Annual vaccination report of Bihar and Orissa - 1911-1928
Year: 1911
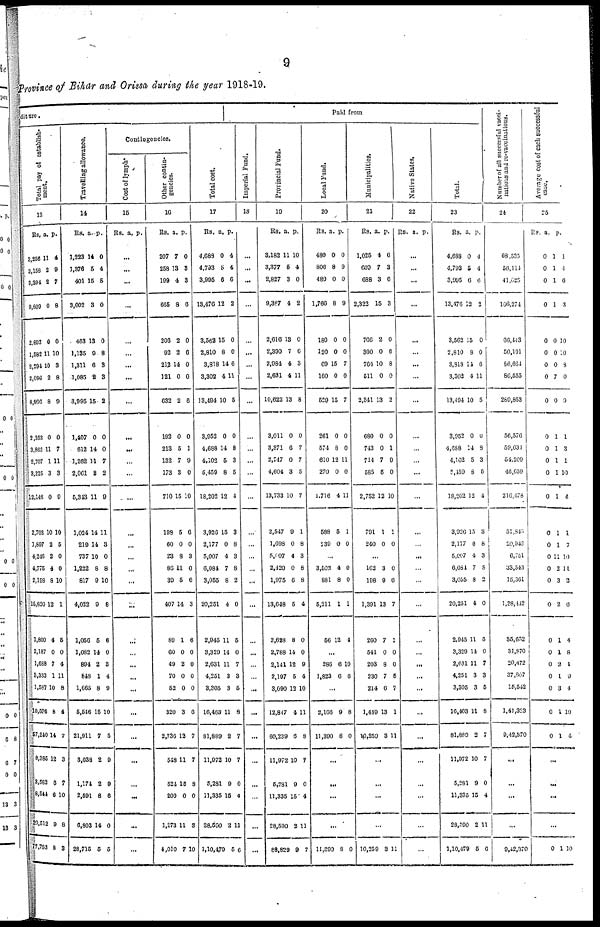
9
Province of Bihar and Orissa during the year 1918-19.
diture.
Total pay of establish-
ment.
13
Rs.
3,256
3,158
3,394
9,809
2,693
1,582
2,394
2,096
8,866
2,353
3,862
2,707
3,225
12,148
2,703
1,897
4,246
4,775
2,198
15,820
1,800
2,187
1,688
3,333
1,587
10,596
57,240
8,385
3,582
8,544
20,512
77,753
a.
11
2
2
0
0
11
10
2
8
0
11
1
3
0
10
2
2
4
8
12
4
0
7
1
10
8
14
12
6
6
9
8
P.
4
9
7
8
0
10
3
8
9
0
7
11
3
9
10
5
0
0
10
1
5
0
4
11
8
4
7
3
7
10
8
3
Travelling allowance.
14
Rs.
1,223
1,376
401
3,002
483
1,135
1,311
1,085
3,995
1,407
612
1,262
2,061
5,343
1,024
219
737
1,222
817
4,022
1,056
1,082
894
848
1,665
5,546
21,911
3,038
1,174
2,591
6,803
28,715
a.
14
5
15
3
13
9
6
2
15
0
14
14
2
11
14
14
10
8
9
9
5
14
2
1
8
15
7
2
2
8
14
5
P.
0
4
8
0
0
8
3
3
2
0
0
7
2
9
11
3
0
8
10
8
6
0
3
4
9
10
5
9
9
6
0
5
Contingencies.
Cost of lymph.
15
Rs. a. P.
...
...
...
...
...
...
...
...
...
...
...
...
...
...
...
...
...
...
...
...
...
...
...
...
...
...
...
...
...
...
...
...
Other contin-
gencies.
16
Rs.
207
258
199
665
206
92
212
121
632
192
213
132
173
710
198
60
23
86
30
407
89
60
49
70
52
320
2,736
548
524
200
1,273
4,010
a.
7
13
4
8
2
2
14
0
2
0
5
7
3
15
5
0
8
11
5
14
1
0
2
0
0
3
13
11
15
0
11
7
P.
0
3
3
6
0
6
0
0
6
0
1
9
0
10
6
0
3
0
6
3
6
0
0
0
0
6
7
7
8
0
3
10
Paid from
Total cost.
17
Rs.
4,683
4,793
3,995
13,476
3,562
2,810
3,818
3,302
13,494
3,952
4,688
4,102
5,459
18,202
3,926
2,177
5,007
6,084
3,055
20,251
2,945
3,329
2,631
4,251
3,305
10,463
81,889
11,972
5,281
11,335
28,590
1,10,470
a.
0
5
6
12
15
8
14
4
10
0
14
5
8
12
15
0
4
7
8
4
11
14
11
3
3
11
2
10
9
15
2
5
P.
4
4
6
2
0
0
6
11
5
0
8
3
5
4
3
8
3
8
2
0
5
0
7
3
5
8
7
7
0
4
11
6
Imperial Fund.
18
...
...
...
...
...
...
...
...
...
...
...
...
...
...
...
...
...
...
...
...
...
...
...
...
...
...
...
...
...
...
...
...
Provincial Fund.
19
Rs.
3,182
3,377
2,827
9,387
2,616
2,390
2,984
2,631
10,622
3,011
3,371
2,747
4,604
13,733
2,547
1,698
5,007
2,420
1,975
13,648
2,628
2,788
2,141
2,197
3,090
12,847
60,239
11,972
5,281
11,335
28,590
88,829
a.
11
5
3
4
13
7
4
4
13
0
6
0
3
10
9
0
4
0
6
5
8
14
12
5
12
4
6
10
9
15
2
9
P.
10
4
0
2
0
6
3
11
8
0
7
7
5
7
1
8
3
8
8
4
0
0
9
4
10
11
8
7
0
4
11
7
Local Fund.
20
Rs.
480
806
480
1,766
180
120
69
160
529
261
574
610
270
1,716
588
230
a.
0
8
0
8
0
0
15
0
15
0
8
12
0
4
5
0
P.
0
0
0
9
0
0
7
0
7
0
0
11
0
11
1
0
...
3,502
881
5,211
56
4
8
1
12
0
0
1
4
...
286
1,823
6
6
10
6
...
3,166
11,390
9
8
8
0
...
...
...
...
11,390 8 0
Municipalities.
21
Rs.
1,025
600
688
2,322
766
300
764
511
2,341
680
743
744
585
2,752
791
240
a.
4
7
3
15
2
0
10
0
13
0
0
7
5
12
1
0
P.
0
3
6
3
0
6
8
0
2
0
1
9
0
10
1
0
...
162
198
1,391
260
541
203
230
214
1,449
90,259
3
9
13
7
0
8
7
6
13
3
0
0
7
1
0
0
5
7
1
11
...
...
...
...
10,259 3 11
Native States.
22
Rs. a. P.
...
...
...
...
...
...
...
...
...
...
...
...
...
...
...
...
...
...
...
...
...
...
...
...
...
...
...
...
...
...
...
...
Total.
23
Rs.
4,683
4,793
3,995
13,476
3,562
2,810
3,818
3,302
13,404
3,952
4,688
4,102
5,459
18,262
3,956
2,177
5,067
6,084
3,055
20,251
2,945
3,329
2,631
4,251
3,305
10,463
81,880
11,972
5,281
11,335
28,590
1,10,479
a.
0
5
6
12
15
8
14
4
10
0
14
5
8
12
15
0
4
7
8
4
11
14
11
3
3
11
2
10
9
15
2
5
P.
4
4
6
2
0
0
6
11
5
0
8
3
5
4
3
8
3
8
2
0
5
0
7
3
5
8
7
7
0
4
11
6
Number of all successful vacci-
nations and re-vaccinations.
24
68,535
56,114
41,625
166,274
66,443
50,191
86,664
86,555
289,853
56,576
59,034
54,209
46,659
216,478
51,843
20,942
6,751
33,543
15,361
1,28,442
35,632
31,870
20,472
37,807
15,542
1,41,323
9,42,370
...
...
...
...
9,42,370
Average cost of each successful
case.
25
Rs.
0
0
0
0
0
0
0
0
0
0
0
0
0
0
0
0
0
0
0
0
0
0
0
0
0
0
0
a.
1
1
1
1
0
0
0
7
0
1
1
1
1
1
1
1
11
2
3
2
1
1
2
1
3
1
1
P.
1
4
6
3
10
10
8
0
9
1
3
1
10
4
1
7
10
11
2
6
4
8
1
0
4
10
4
...
...
...
...
0 1 10